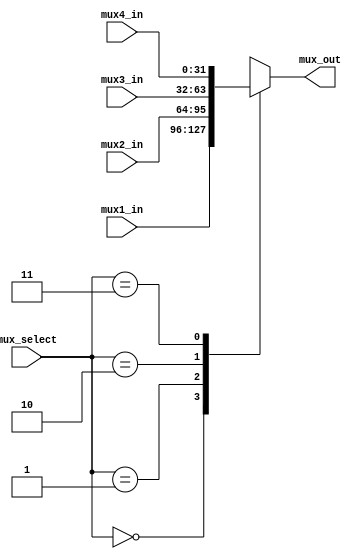
`timescale 1ns / 1ps
//////////////////////////////////////////////////////////////////////////////////
// Company: 
// Engineer: 
// 
// Design Name: 
// Module Name:    mux_2b 
// Project Name: 
// Target Devices: 
// Tool versions: 
// Description: 
//
// Dependencies: 
//
// Revision: 
// Revision 0.01 - File Created
// Additional Comments: 
//
//////////////////////////////////////////////////////////////////////////////////
module mux_2b#(
				parameter BUS_WIDTH = 32,
				parameter MUX_WIDTH = 2
				)(
				input [MUX_WIDTH-1:0] mux_select,
				input [BUS_WIDTH-1:0] mux1_in,
				input [BUS_WIDTH-1:0] mux2_in,
				input [BUS_WIDTH-1:0] mux3_in,
				input [BUS_WIDTH-1:0] mux4_in,
				output reg [BUS_WIDTH-1:0] mux_out
				);
	 
	always @(*)
	begin
	case(mux_select)
		2'b00: mux_out <= mux1_in;
		2'b01: mux_out <= mux2_in;
		2'b10: mux_out <= mux3_in;
		2'b11: mux_out <= mux4_in;
		default: mux_out <= mux1_in;
	endcase
	end
	
endmodule